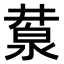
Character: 𣸕